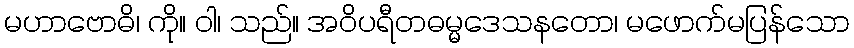
မဟာဗောဓိ၊ ကို။ ဝါ၊ သည်။ အဝိပရီတဓမ္မဒေသနတော၊ မဖောက်မပြန်သော